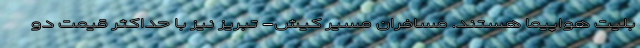
بلیت هواپیما هستند. مسافران مسیر کیش- تبریز نیز با حداکثر قیمت دو